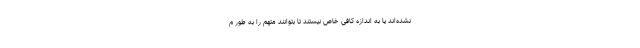
نشده‌اند یا به اندازه کافی خاص نیستند تا بتوانند متهم را به طور م